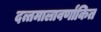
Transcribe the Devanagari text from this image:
दत्तमालावर्णांकित